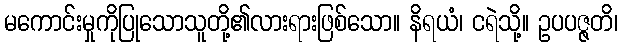
မကောင်းမှုကိုပြုသောသူတို့၏လားရားဖြစ်သော။ နိရယံ၊ ငရဲသို့။ ဥပပဇ္ဇတိ၊